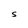
Character: S